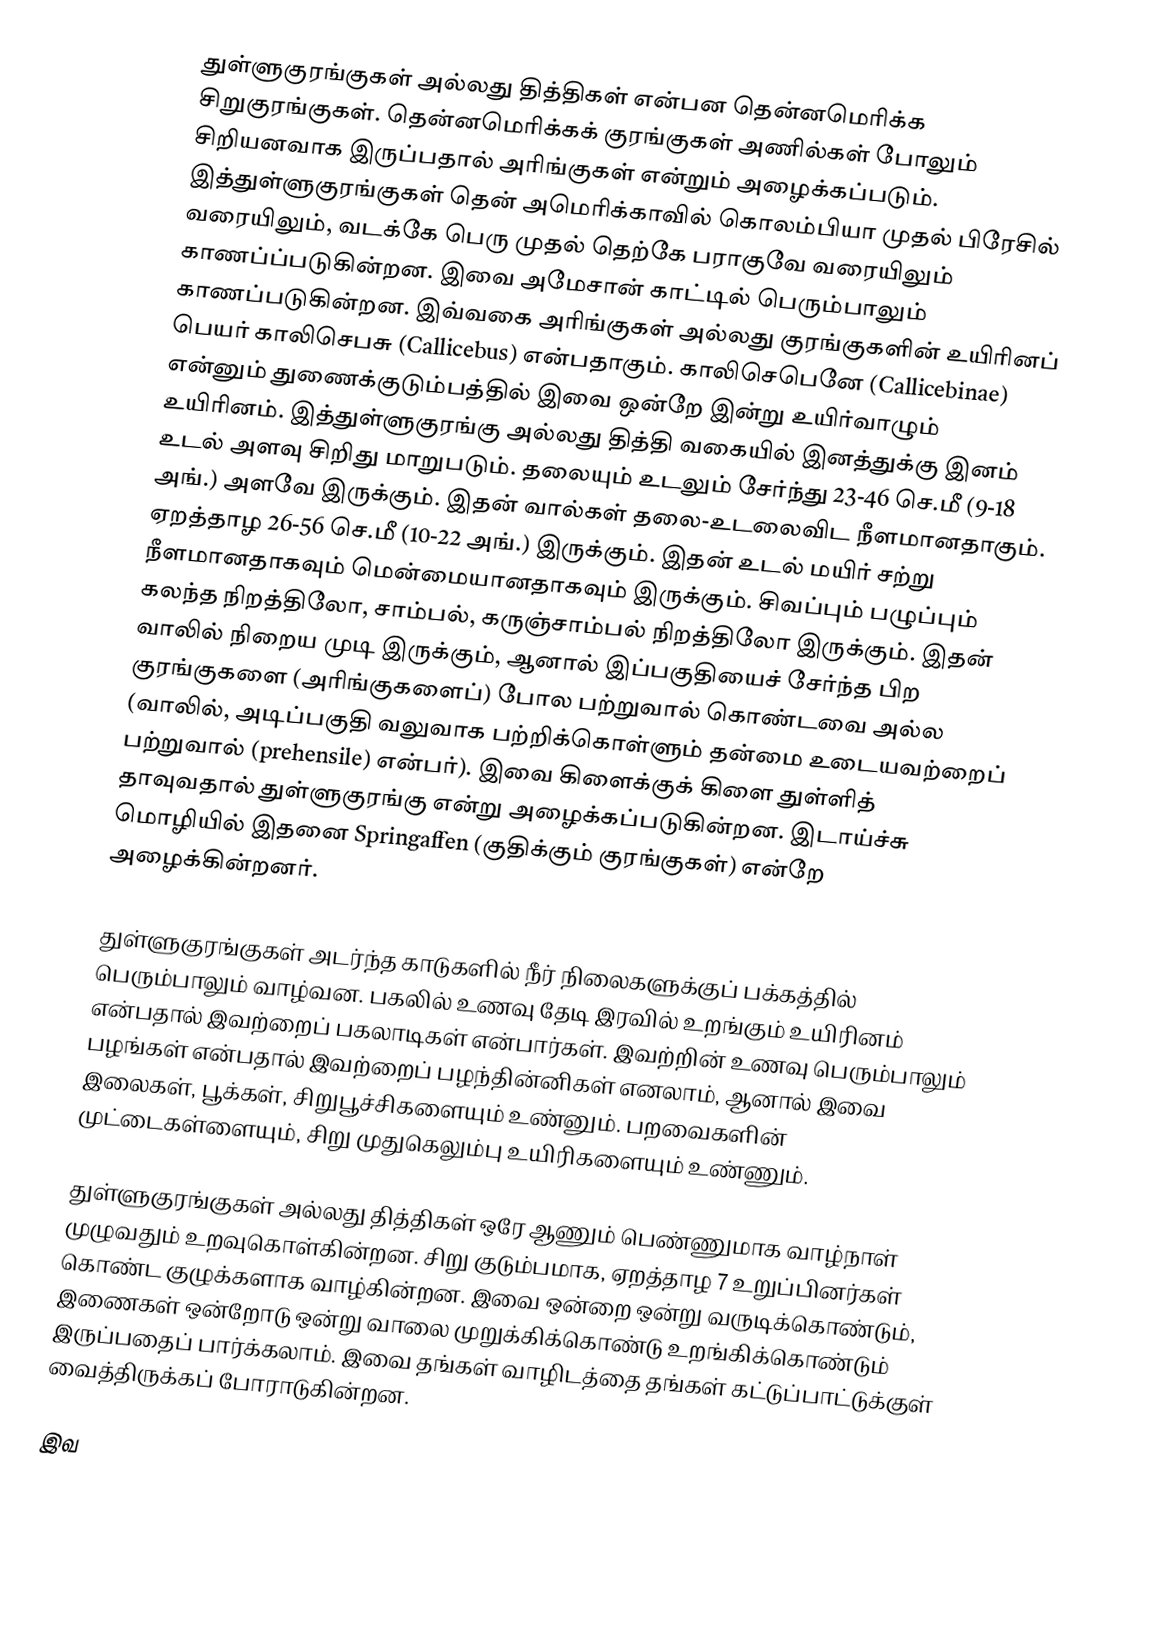
துள்ளுகுரங்குகள் அல்லது தித்திகள் என்பன தென்னமெரிக்க சிறுகுரங்குகள். தென்னமெரிக்கக் குரங்குகள் அணில்கள் போலும் சிறியனவாக இருப்பதால் அரிங்குகள் என்றும் அழைக்கப்படும்.  இத்துள்ளுகுரங்குகள் தென் அமெரிக்காவில் கொலம்பியா முதல் பிரேசில் வரையிலும், வடக்கே பெரு முதல் தெற்கே பராகுவே வரையிலும் காணப்ப்படுகின்றன. இவை அமேசான் காட்டில் பெரும்பாலும் காணப்படுகின்றன. இவ்வகை அரிங்குகள் அல்லது குரங்குகளின் உயிரினப் பெயர் காலிசெபசு (Callicebus) என்பதாகும். காலிசெபெனே (Callicebinae) என்னும் துணைக்குடும்பத்தில் இவை ஒன்றே இன்று உயிர்வாழும் உயிரினம். இத்துள்ளுகுரங்கு அல்லது தித்தி வகையில் இனத்துக்கு இனம் உடல் அளவு சிறிது மாறுபடும். தலையும் உடலும் சேர்ந்து 23-46 செ.மீ (9-18 அங்.) அளவே இருக்கும். இதன் வால்கள் தலை-உடலைவிட நீளமானதாகும். ஏறத்தாழ 26-56 செ.மீ (10-22 அங்.) இருக்கும். இதன் உடல் மயிர் சற்று நீளமானதாகவும் மென்மையானதாகவும் இருக்கும். சிவப்பும் பழுப்பும் கலந்த நிறத்திலோ, சாம்பல், கருஞ்சாம்பல் நிறத்திலோ இருக்கும். இதன் வாலில் நிறைய முடி இருக்கும், ஆனால் இப்பகுதியைச் சேர்ந்த பிற குரங்குகளை (அரிங்குகளைப்) போல பற்றுவால் கொண்டவை அல்ல (வாலில், அடிப்பகுதி வலுவாக பற்றிக்கொள்ளும் தன்மை உடையவற்றைப் பற்றுவால் (prehensile) என்பர்). இவை கிளைக்குக் கிளை துள்ளித் தாவுவதால் துள்ளுகுரங்கு என்று அழைக்கப்படுகின்றன. இடாய்ச்சு மொழியில் இதனை Springaffen (குதிக்கும் குரங்குகள்) என்றே அழைக்கின்றனர்.

துள்ளுகுரங்குகள் அடர்ந்த காடுகளில் நீர் நிலைகளுக்குப் பக்கத்தில் பெரும்பாலும் வாழ்வன. பகலில் உணவு  தேடி இரவில் உறங்கும் உயிரினம் என்பதால் இவற்றைப் பகலாடிகள் என்பார்கள்.  இவற்றின் உணவு பெரும்பாலும் பழங்கள் என்பதால் இவற்றைப் பழந்தின்னிகள் எனலாம், ஆனால் இவை இலைகள், பூக்கள், சிறுபூச்சிகளையும் உண்னும். பறவைகளின் முட்டைகள்ளையும், சிறு முதுகெலும்பு உயிரிகளையும் உண்ணும்.

துள்ளுகுரங்குகள் அல்லது தித்திகள் ஒரே ஆணும் பெண்ணுமாக வாழ்நாள் முழுவதும் உறவுகொள்கின்றன. சிறு குடும்பமாக, ஏறத்தாழ 7 உறுப்பினர்கள் கொண்ட குழுக்களாக வாழ்கின்றன. இவை ஒன்றை ஒன்று வருடிக்கொண்டும், இணைகள் ஒன்றோடு ஒன்று வாலை முறுக்கிக்கொண்டு உறங்கிக்கொண்டும் இருப்பதைப் பார்க்கலாம். இவை தங்கள் வாழிடத்தை தங்கள் கட்டுப்பாட்டுக்குள் வைத்திருக்கப் போராடுகின்றன.

இவ